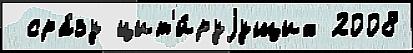
 сра́зу цит'и́руjущих 2008